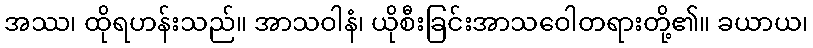
အဿ၊ ထိုရဟန်းသည်။ အာသဝါနံ၊ ယိုစီးခြင်းအာသဝေါတရားတို့၏။ ခယာယ၊